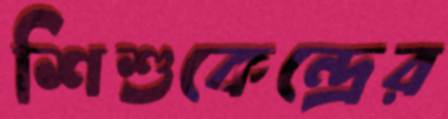
শিশুকেন্দ্রের